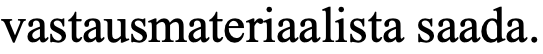
vastausmateriaalista saada.